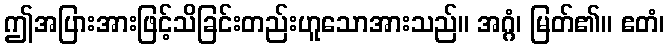
ဤအပြားအားဖြင့်သိခြင်းတည်းဟူသောအားသည်။ အဂ္ဂံ၊ မြတ်၏။ ဧတံ၊